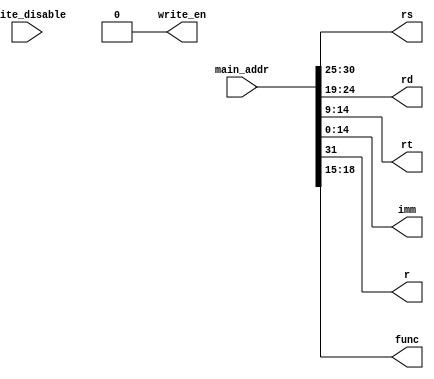
`timescale 1ns / 1ps
//////////////////////////////////////////////////////////////////////////////////
// Company: 
// Engineer: 
// 
// Design Name: 
// Module Name:    Controller_Decoder 
// Project Name: 
// Target Devices: 
// Tool versions: 
// Description: 
//
// Dependencies: 
//
// Revision: 
// Revision 0.01 - File Created
// Additional Comments: 
//
//////////////////////////////////////////////////////////////////////////////////
module Controller_Decoder(
    input [31:0] main_addr,
//	 input mem_transfer,
	 input write_disable,
    output reg [5:0] rs,
    output reg [5:0] rd,
    output reg [5:0] rt,
    output reg [14:0] imm,
    output reg r,
    output reg [3:0] func,
//	 output reg enable,
	 output reg write_en
    );
	
	always@(main_addr) begin
			rs = main_addr[30:25];
			rt = main_addr[14:9];
			rd = main_addr[24:19];
			imm  = main_addr[14:0];
			r = main_addr[31];
			func = main_addr[18:15];
			write_en = 1;
	end
	
//	always@(mem_transfer) begin
//		enable = 1;
//	end
	
	always@(write_disable) begin
		write_en = 0;
	end
endmodule